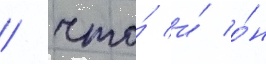
/ что́ и́ о́н